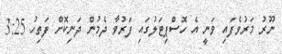
ނޫރު މަރުވެފައި ވަނީ އެ ހޮސްޕިޓަލުގައި ފަރުވާ ދެމުން ދަނިކޮށް ފަތިހު 3:25